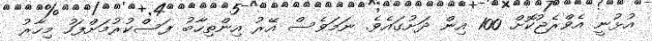
އުޅުނީ އެވްރެޖުކޮށް 100 އިން ދަށުގައެވެ. ނަމަވެސް އޭރު އިންތިހާބު ފަސްކުރުމަށްފަހު މިހާރު